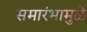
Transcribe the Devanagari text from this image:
समारंभामुळे